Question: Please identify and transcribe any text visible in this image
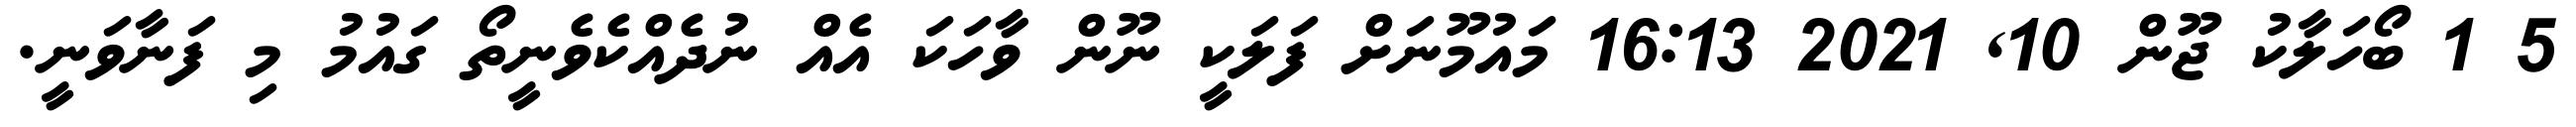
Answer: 5 1 ބޯހަލާކު ޖޫން 10, 2021 16:13 މައުމޫނަށް ފަލަކީ ނޫން ވާހަކަ އެއް ނުދެއްކެވެނީތޯ ގައުމު މި ފަނާވަނީ.